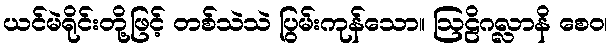
ယင်မဲရိုင်းတို့ဖြင့် တစ်သဲသဲ ပြွမ်းကုန်သော။ ဩဠိဂလ္လာနိ စေဝ၊